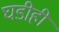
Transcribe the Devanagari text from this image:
घडीही